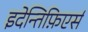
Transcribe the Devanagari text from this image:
इदेन्तिफ़िएर्स